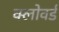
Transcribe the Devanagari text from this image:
क्लोवर्ड